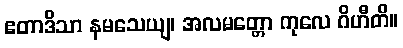
ဧတာဒိသာ နမသေယျ၊ အလမတ္တော ကုလေ ဂိဟီတိ။